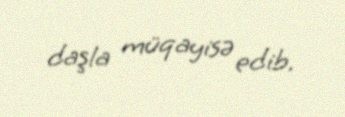
daşla müqayisə edib.